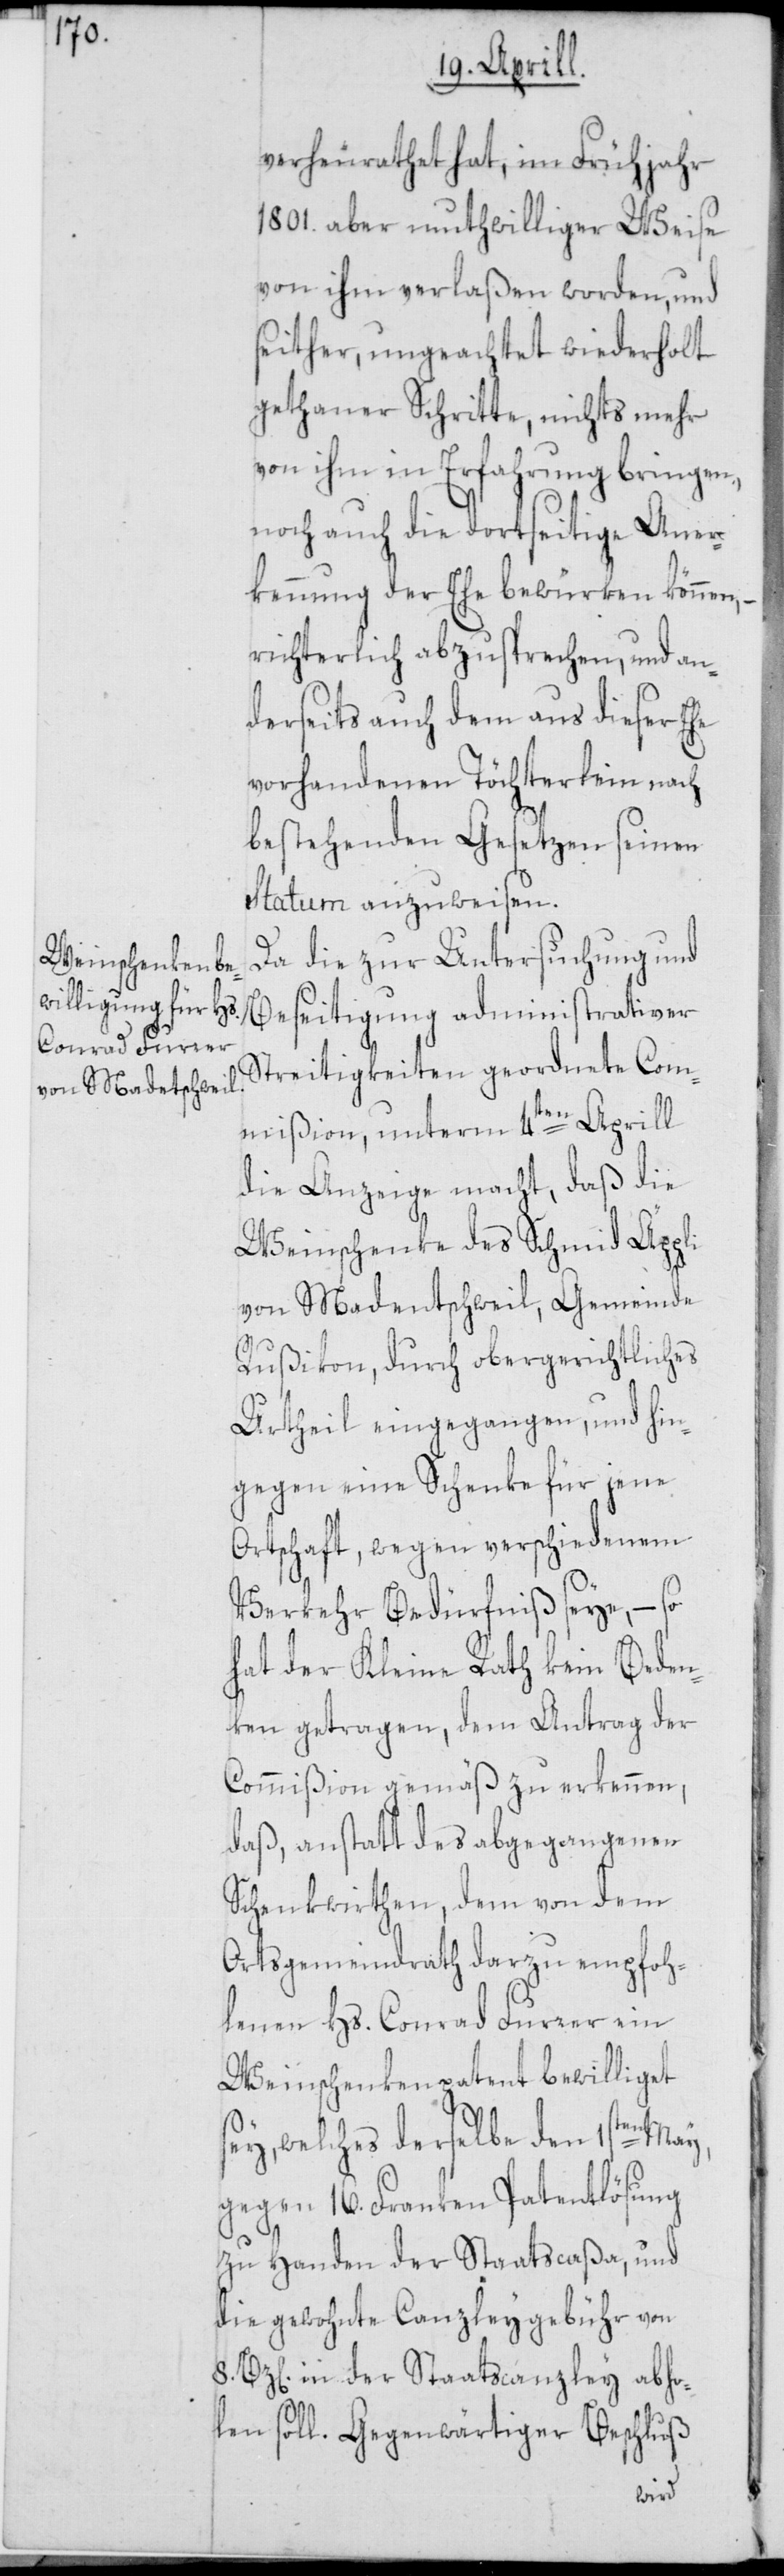
verheurathet hat, im Frühjahr
1801. aber mutwilliger Weise
von ihm verlaßen worden, und
seither, ungeachtet wiederholt
gethaner Schritte, nichts mehr
von ihm in Erfahrung bringen,
noch auch die dortseitige Aner¬
kennung der Ehe bewürken können,
richterlich abzusprechen, und an¬
derseits auch dem aus dieser Ehe
vorhandenen Töchterlein nach
bestehenden Gesetzen seinen
Statum anzuweisen.
Da die zur Untersuchung und
Beseitigung administrativer
Streitigkeiten geordnete Com¬
mißion, unterm 4ten Aprill
die Anzeige macht, daß die
Weinschenke des Schmid Äppli
von Madentschweil, Gemeinde
Rußikon, durch obergerichtliches
Urtheil eingegangen, und hin¬
gegen eine Schenke für jene
Ortschaft, wegen verschiedenem
Verkehr Bedürfniß seye, – so
hat der Kleine Rath kein Beden¬
ken getragen, dem Antrag der
Commißion gemäß zu erkennen,
daß, anstatt des abgegangenen
Schenkwirthen, dem von dem
Ortsgemeindrath darzu empfoh¬
lenen Hs. Conrad Furrer ein
Weinschenkenpatent bewilliget
sey, welches derselbe den 1sten May,
gegen 16. Franken Patentlösung
zu Handen der Staatscaßa, und
die gewohnte Canzleygebühr von
in der Staatscanzley abho¬
len soll. Gegenwärtiger Beschluß